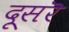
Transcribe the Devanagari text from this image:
दूसरॆ